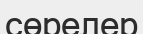
сөрелер